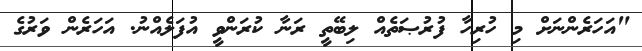
"އަހަރެންނަށް މި ހުރިހާ ފުރުޞަތެއް ލިބޭތީ ރަނާ ކުރަންވީ އުފަލެއްނު. އަހަރެން ވަރުގެ